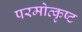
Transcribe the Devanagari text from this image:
परमोत्कृष्ट